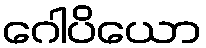
ဂေါပိယော